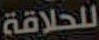
للحلاقة